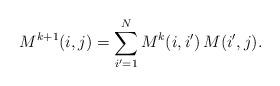
LaTeX: \begin{align*}M^{k+1}(i,j) = \sum_{i' = 1}^N M^k(i,i') \, M(i',j).\end{align*}